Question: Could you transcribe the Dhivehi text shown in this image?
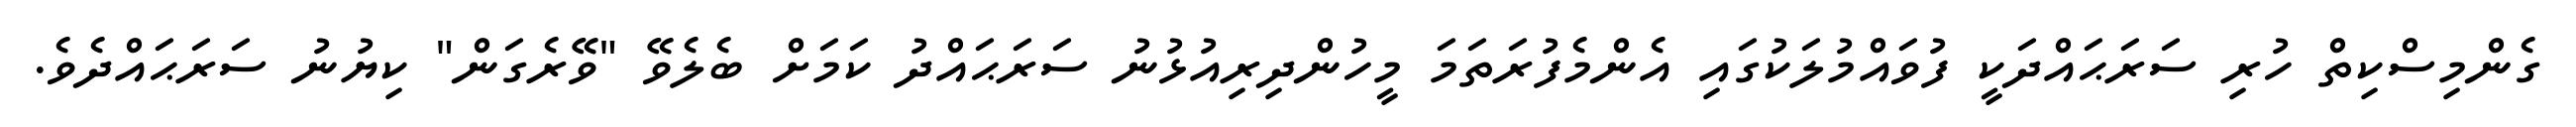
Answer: ގެންމިސްކިތް ހުރި ސަރަޙައްދަކީ ފުވައްމުލަކުގައި އެންމެފުރަތަމަ މީހުންދިރިއުޅުނު ސަރަޙައްދު ކަމަށް ބެލެވޭ "ވޭރެގަން" ކިޔުނު ސަރަޙައްދެވެ.